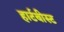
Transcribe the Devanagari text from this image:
हार्टबीस्ट